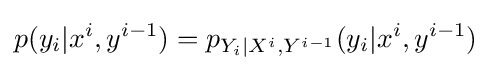
p(y_{i}|x^{i},y^{i-1})=p_{Y_{i}|X^{i},Y^{i-1}}(y_{i}|x^{i},y^{i-1})